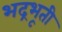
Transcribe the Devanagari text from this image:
भद्रभूती